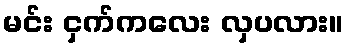
မင်း ငှက်ကလေး လှပလား။